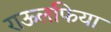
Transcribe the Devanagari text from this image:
राऊलफिया